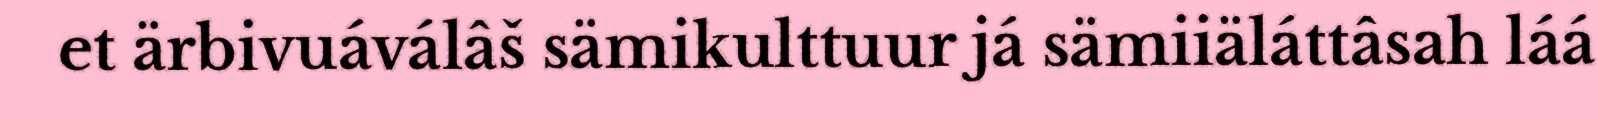
et ärbivuáválâš sämikulttuur já sämiiäláttâsah láá